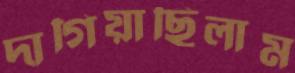
দাগিয়াছিলাম